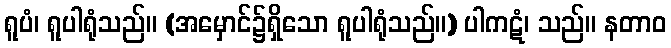
ရူပံ၊ ရူပါရုံသည်။ (အမှောင်၌ရှိသော ရူပါရုံသည်။) ပါကဋံ၊ သည်။ နတာဝ